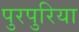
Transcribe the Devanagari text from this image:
पुरपुरिया